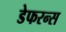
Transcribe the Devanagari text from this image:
डेफरन्स